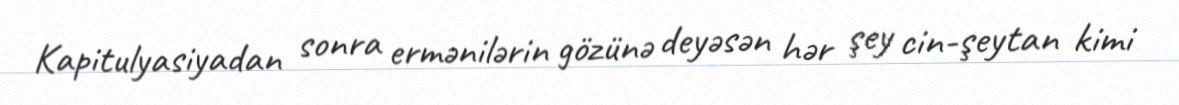
Kapitulyasiyadan sonra ermənilərin gözünə deyəsən hər şey cin-şeytan kimi